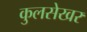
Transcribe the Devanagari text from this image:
कुलसेखर